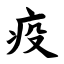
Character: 疫